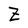
Character: Z